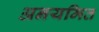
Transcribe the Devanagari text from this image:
अनयमित